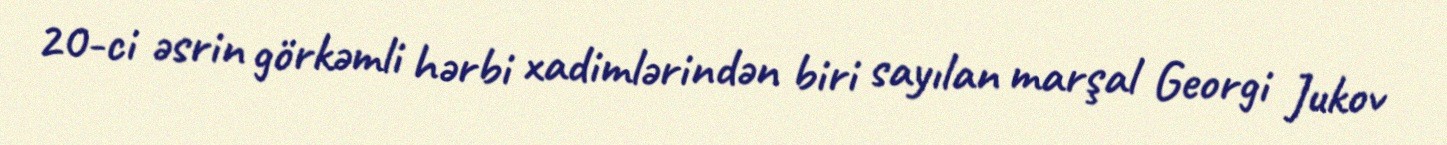
20-ci əsrin görkəmli hərbi xadimlərindən biri sayılan marşal Georgi Jukov